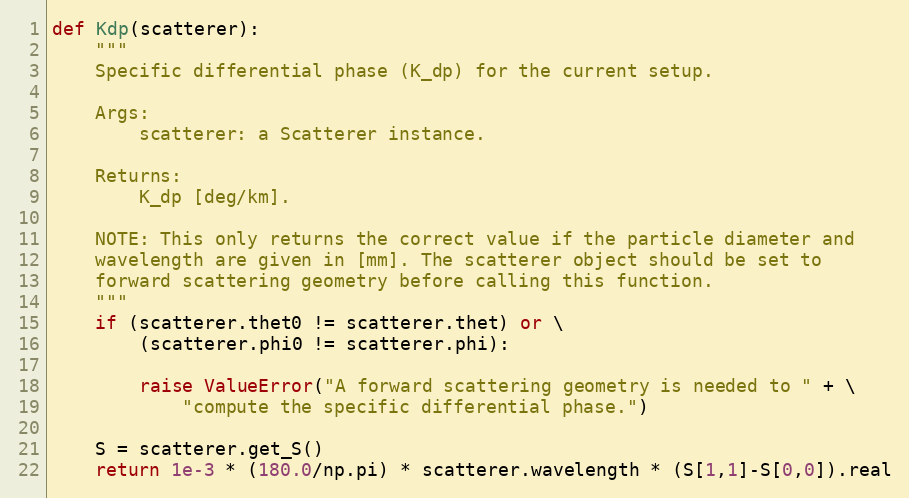
Language: Python
def Kdp(scatterer):
    """
    Specific differential phase (K_dp) for the current setup.

    Args:
        scatterer: a Scatterer instance.

    Returns:
        K_dp [deg/km].

    NOTE: This only returns the correct value if the particle diameter and
    wavelength are given in [mm]. The scatterer object should be set to
    forward scattering geometry before calling this function.
    """
    if (scatterer.thet0 != scatterer.thet) or \
        (scatterer.phi0 != scatterer.phi):

        raise ValueError("A forward scattering geometry is needed to " + \
            "compute the specific differential phase.")

    S = scatterer.get_S()
    return 1e-3 * (180.0/np.pi) * scatterer.wavelength * (S[1,1]-S[0,0]).real